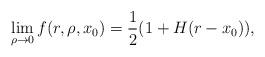
LaTeX: \begin{align*}\lim_{\rho\rightarrow 0}f(r,\rho,x_0)={1\over 2}(1+H(r-x_0)),\end{align*}